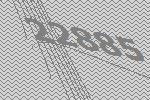
22885